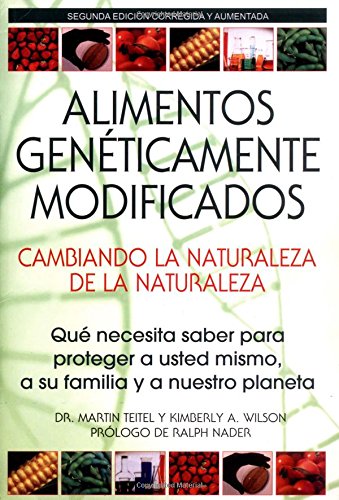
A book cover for Alimentos Geneticamente Modificados: Cambiando la Naturaleza de la Naturaleza: Que necesita saber para proteger a usted mismo, a su familia y a nuestro planeta; Martin Teitel Ph.D.; Health, Fitness & Dieting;